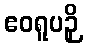
ဧဝရူပဉှိ